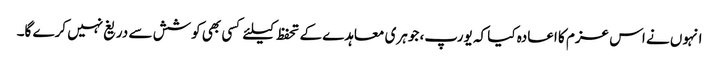
انہوں نے اس عزم کا اعادہ کیا کہ یورپ، جوہری معاہدے کے تحفظ کیلئے کسی بھی کوشش سے دریغ نہیں کرے گا۔